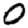
Digit: 0